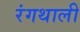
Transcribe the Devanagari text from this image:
रंगथाली